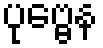
ပုဗ္ဗေန